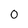
Character: o